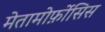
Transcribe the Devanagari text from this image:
मेतामोर्फ़ोसिस